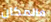
فالمكان